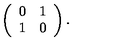
\left( \begin{array} { c c } { 0 } & { 1 } \\ { 1 } & { 0 } \\ \end{array} \right) .